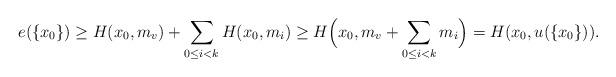
LaTeX: \begin{align*}e(\{x_0\})\geq H(x_0,m_v) + \sum_{0\leq i<k}H(x_0,m_i) \geq H\Bigl(x_0,m_v+\sum_{0\leq i<k}m_i\Bigr)=H(x_0,u(\{x_0\})).\end{align*}